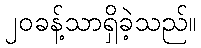
၂၀ခန့်သာရှိခဲ့သည်။